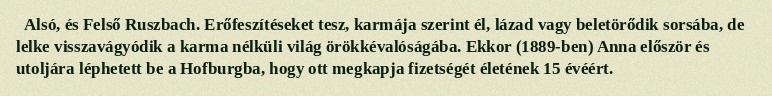
Alsó, és Felső Ruszbach. Erőfeszítéseket tesz, karmája szerint él, lázad vagy beletörődik sorsába, de lelke visszavágyódik a karma nélküli világ örökkévalóságába. Ekkor (1889-ben) Anna először és utoljára léphetett be a Hofburgba, hogy ott megkapja fizetségét életének 15 évéért.